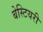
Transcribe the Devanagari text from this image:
बेस्टियरी